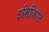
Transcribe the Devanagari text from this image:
इमिजिएट